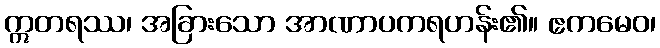
ဣတရဿ၊ အခြားသော အာဏာပကရဟန်း၏။ ဧကမေဝ၊